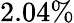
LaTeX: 2.04\%